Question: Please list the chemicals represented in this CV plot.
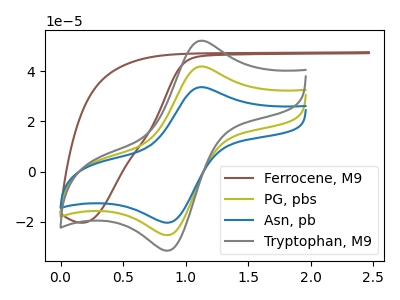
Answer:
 <answer>The brown curve is labeled "Ferrocene, M9". The olive curve is labeled "PG, pbs". The blue curve is labeled "Asn, pb". The gray curve is labeled "Tryptophan, M9".</answer>
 <eval></eval>